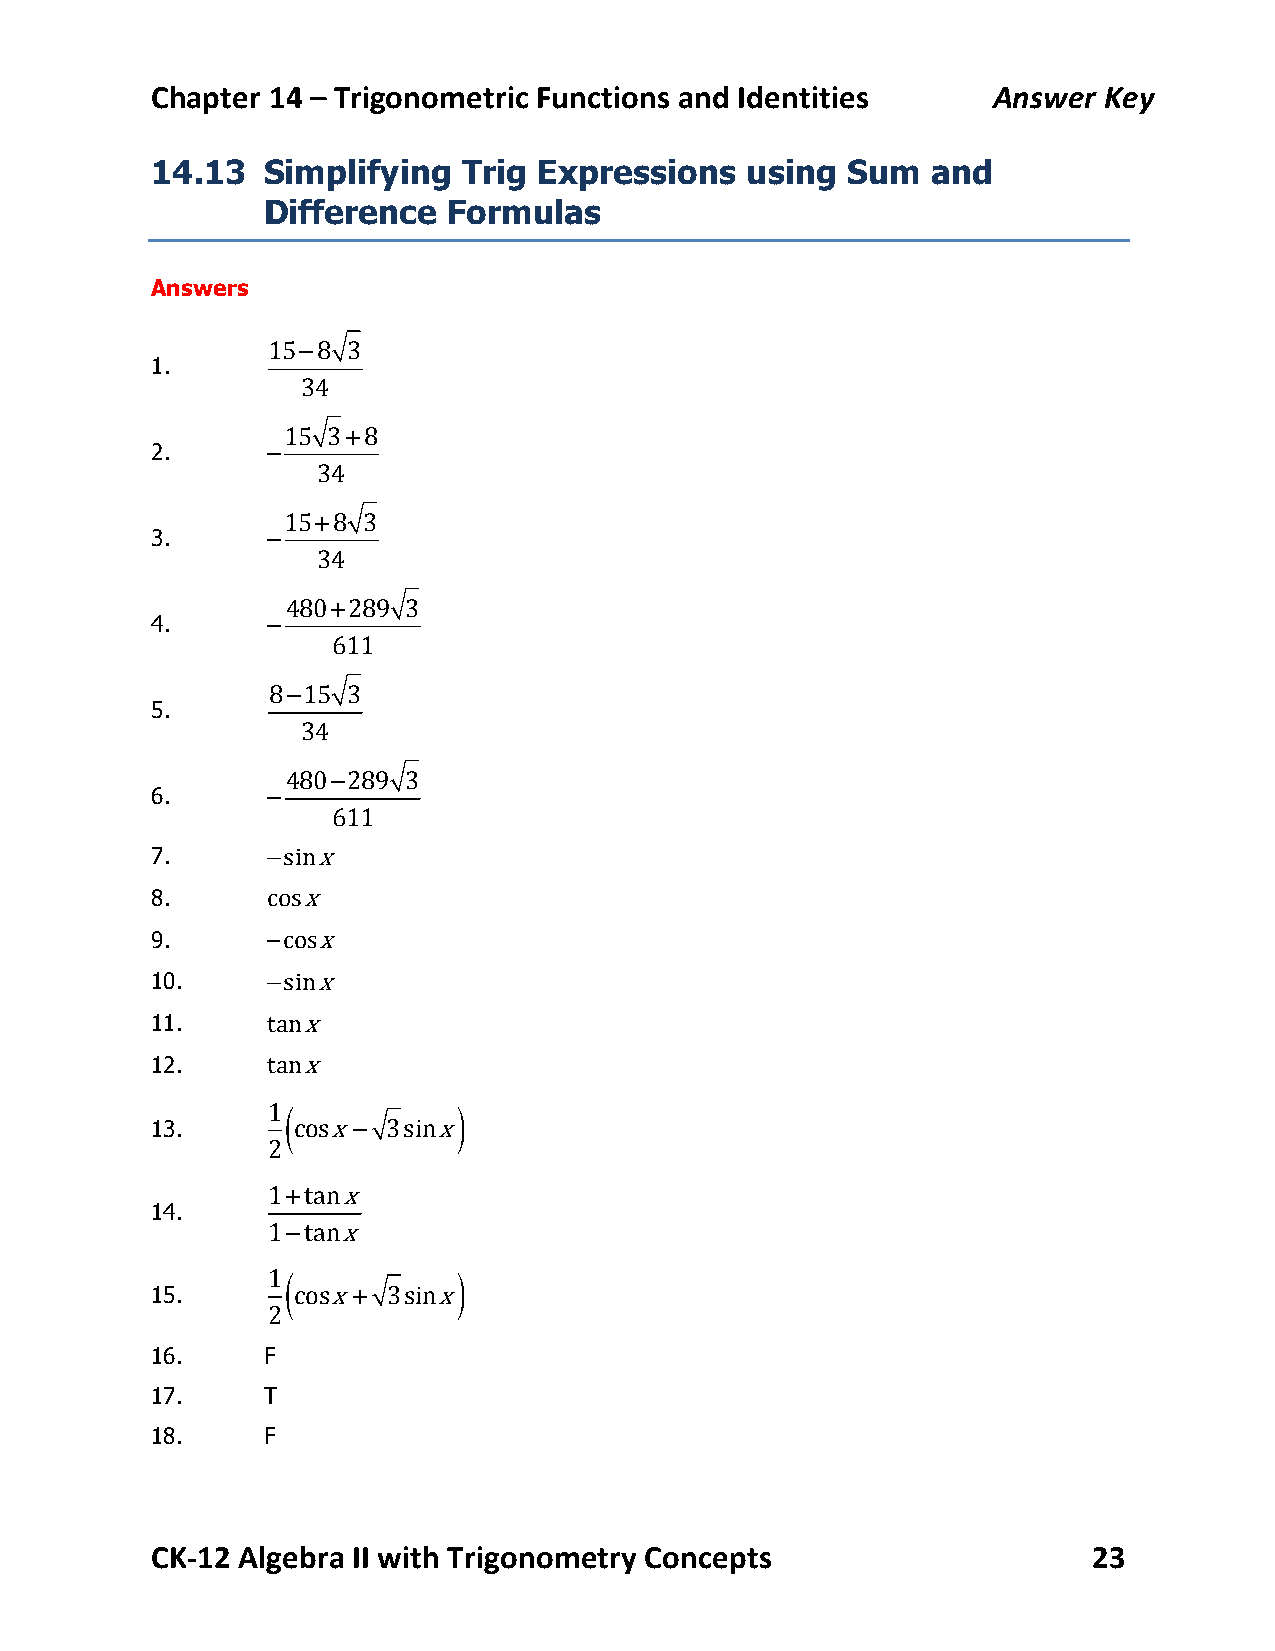
Chapter 14 – Trigonometric Functions and Identities     Answer Key
 14.13  Simplifying   Trig Expressions  using  Sum   and
 Difference   Formulas
 Answers
 15−8 3
 1.
 34
 15 3+8
 2.      −
 34
 15+8 3
 3.      −
 34
 480+289 3
 4.      −
 611
 8−15 3
 5.
 34
 480−289 3
 6.      −
 611
 7.      −sinx
 8.      cosx
 9.      −cosx
 10.     −sinx
 11.     tanx
 12.     tanx
 1(          )
 13.      cosx−  3sinx
 2
 1+tanx
 14.
 1−tanx
 1(          )
 15.      cosx+  3sinx
 2
 16.    F
 17.    T
 18.    F
 CK-­‐12 Algebra II with Trigonometry Concepts                 23